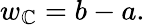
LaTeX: w_{\mathbb{C}}=b-a.